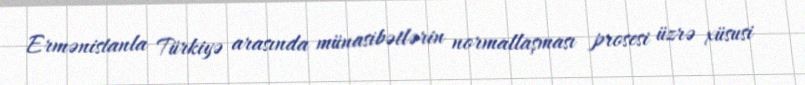
Ermənistanla Türkiyə arasında münasibətlərin normallaşması prosesi üzrə xüsusi